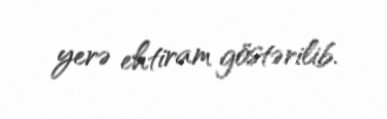
yerə ehtiram göstərilib.